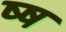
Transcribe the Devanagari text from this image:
ष्ष